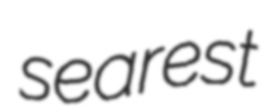
searest